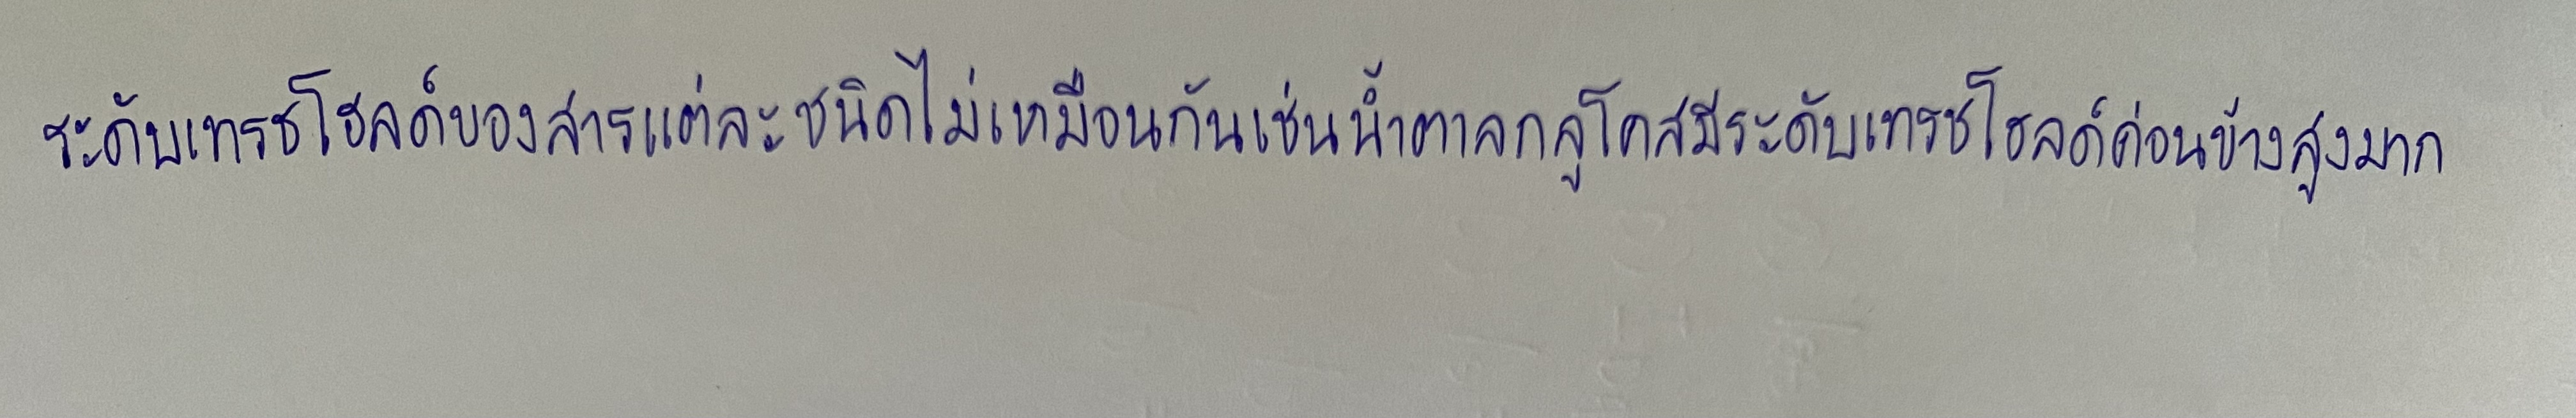
ระดับเทรชโฮลด์ของสารแต่ละชนิดไม่เหมือนกันเช่นน้ำตาลกลูโคสมีระดับเทรชโฮลด์ค่อนข้างสูงมาก